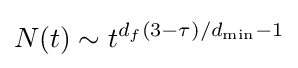
N(t)\sim t^{d_{f}(3-\tau )/d_{\mathrm {min} }-1}